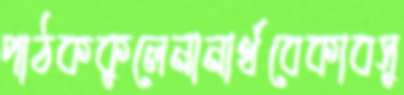
পাঠককুলেনানার্থবেকাবসু